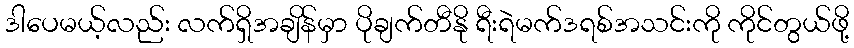
ဒါပေမယ့်လည်း လက်ရှိအချိန်မှာ ပိုချက်တီနို ရီးရဲမက်ဒရစ်အသင်းကို ကိုင်တွယ်ဖို့